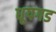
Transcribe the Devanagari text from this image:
धूपगड